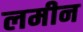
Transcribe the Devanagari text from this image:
लमीन